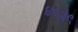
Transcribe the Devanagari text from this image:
४९३९